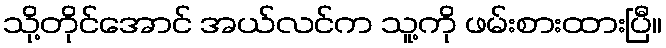
သို့တိုင်အောင် အယ်လင်က သူ့ကို ဖမ်းစားထားပြီ။